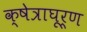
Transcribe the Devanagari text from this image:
क्षेत्राघूर्ण